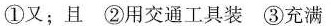
①又；且 ②用交通工具装 ③充满